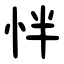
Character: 怑